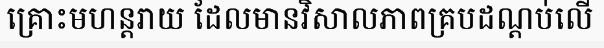
គ្រោះមហន្តរាយ ដែលមានវិសាលភាពគ្របដណ្តប់លើ